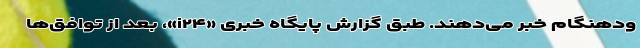
ودهنگام خبر می‌دهند. طبق گزارش پایگاه خبری «i۲۴»، بعد از توافق‌ها